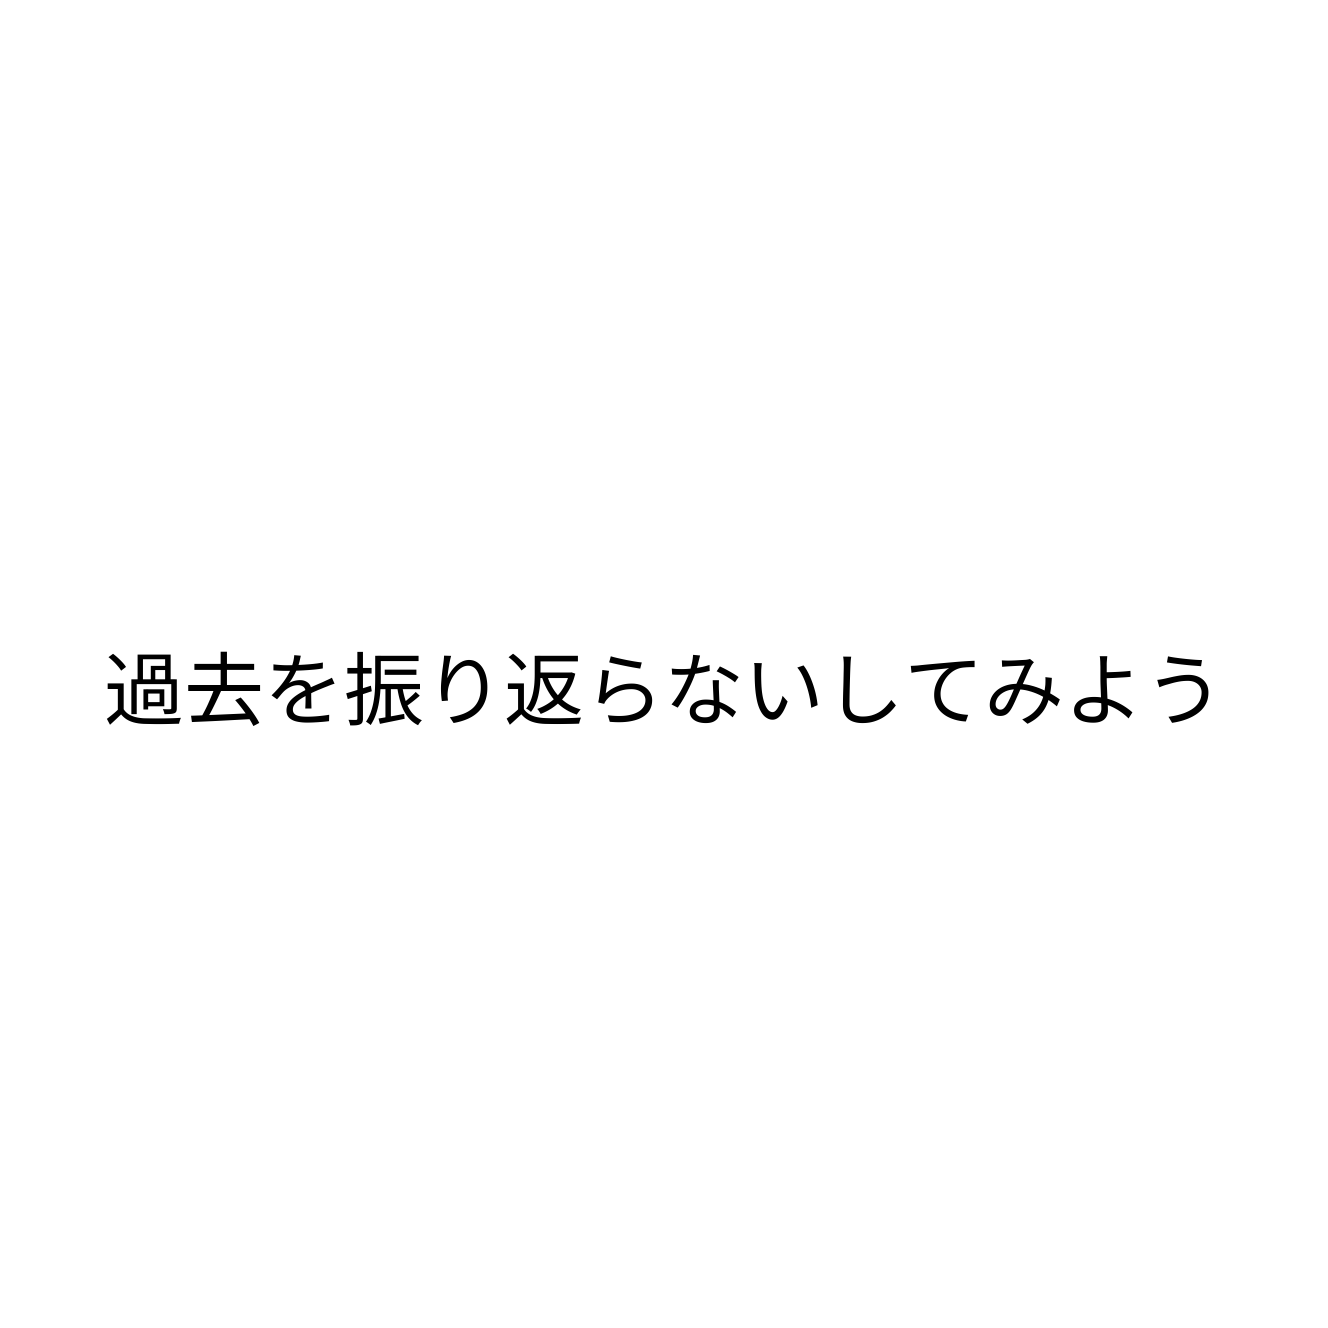
過去を振り返らないしてみよう